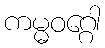
ကမ္မဝဂ္ဂေါ